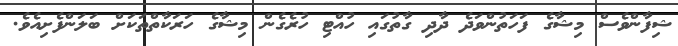
ޝިފާންވެސް މިޝާގެ ފަހަތުންވަދެ ދާދި ގާތުގައި ހުއްޓި ހުރެގެން މިޝާގެ ހަރަކާތްތަކަށް ބަލަންފެށިއެވެ.